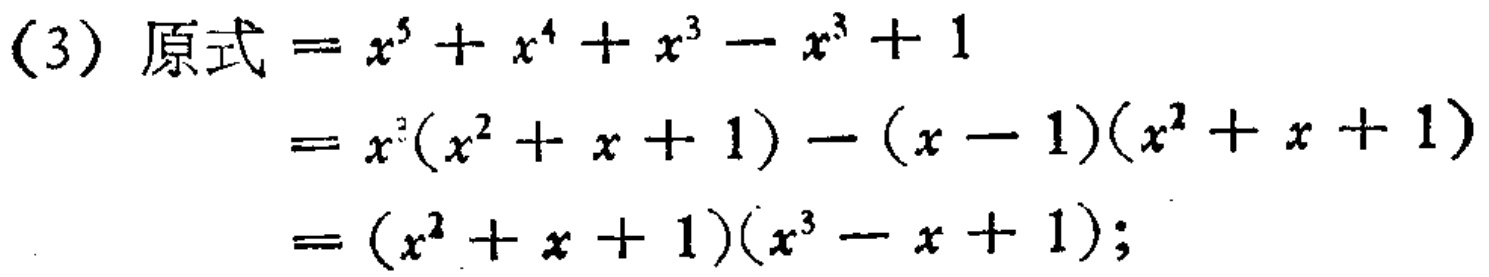
(3) 原式$=x^{5}+x^{4}+x^{3}-x^{3}+1$

$=x^{3}(x^{2}+x + 1)-(x - 1)(x^{2}+x + 1)$

$=(x^{2}+x + 1)(x^{3}-x + 1);$